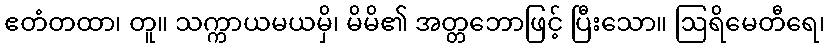
ဧတံတထာ၊ တူ။ သက္ကာယမယမှိ၊ မိမိ၏ အတ္တဘောဖြင့် ပြီးသော။ ဩရိမေတီရေ၊